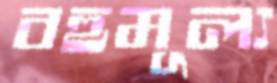
বহুমূল্য